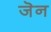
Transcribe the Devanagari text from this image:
जॆन